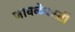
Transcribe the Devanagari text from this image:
जावळेवस्ती